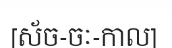
[ស័ច-ចៈ-កាល]